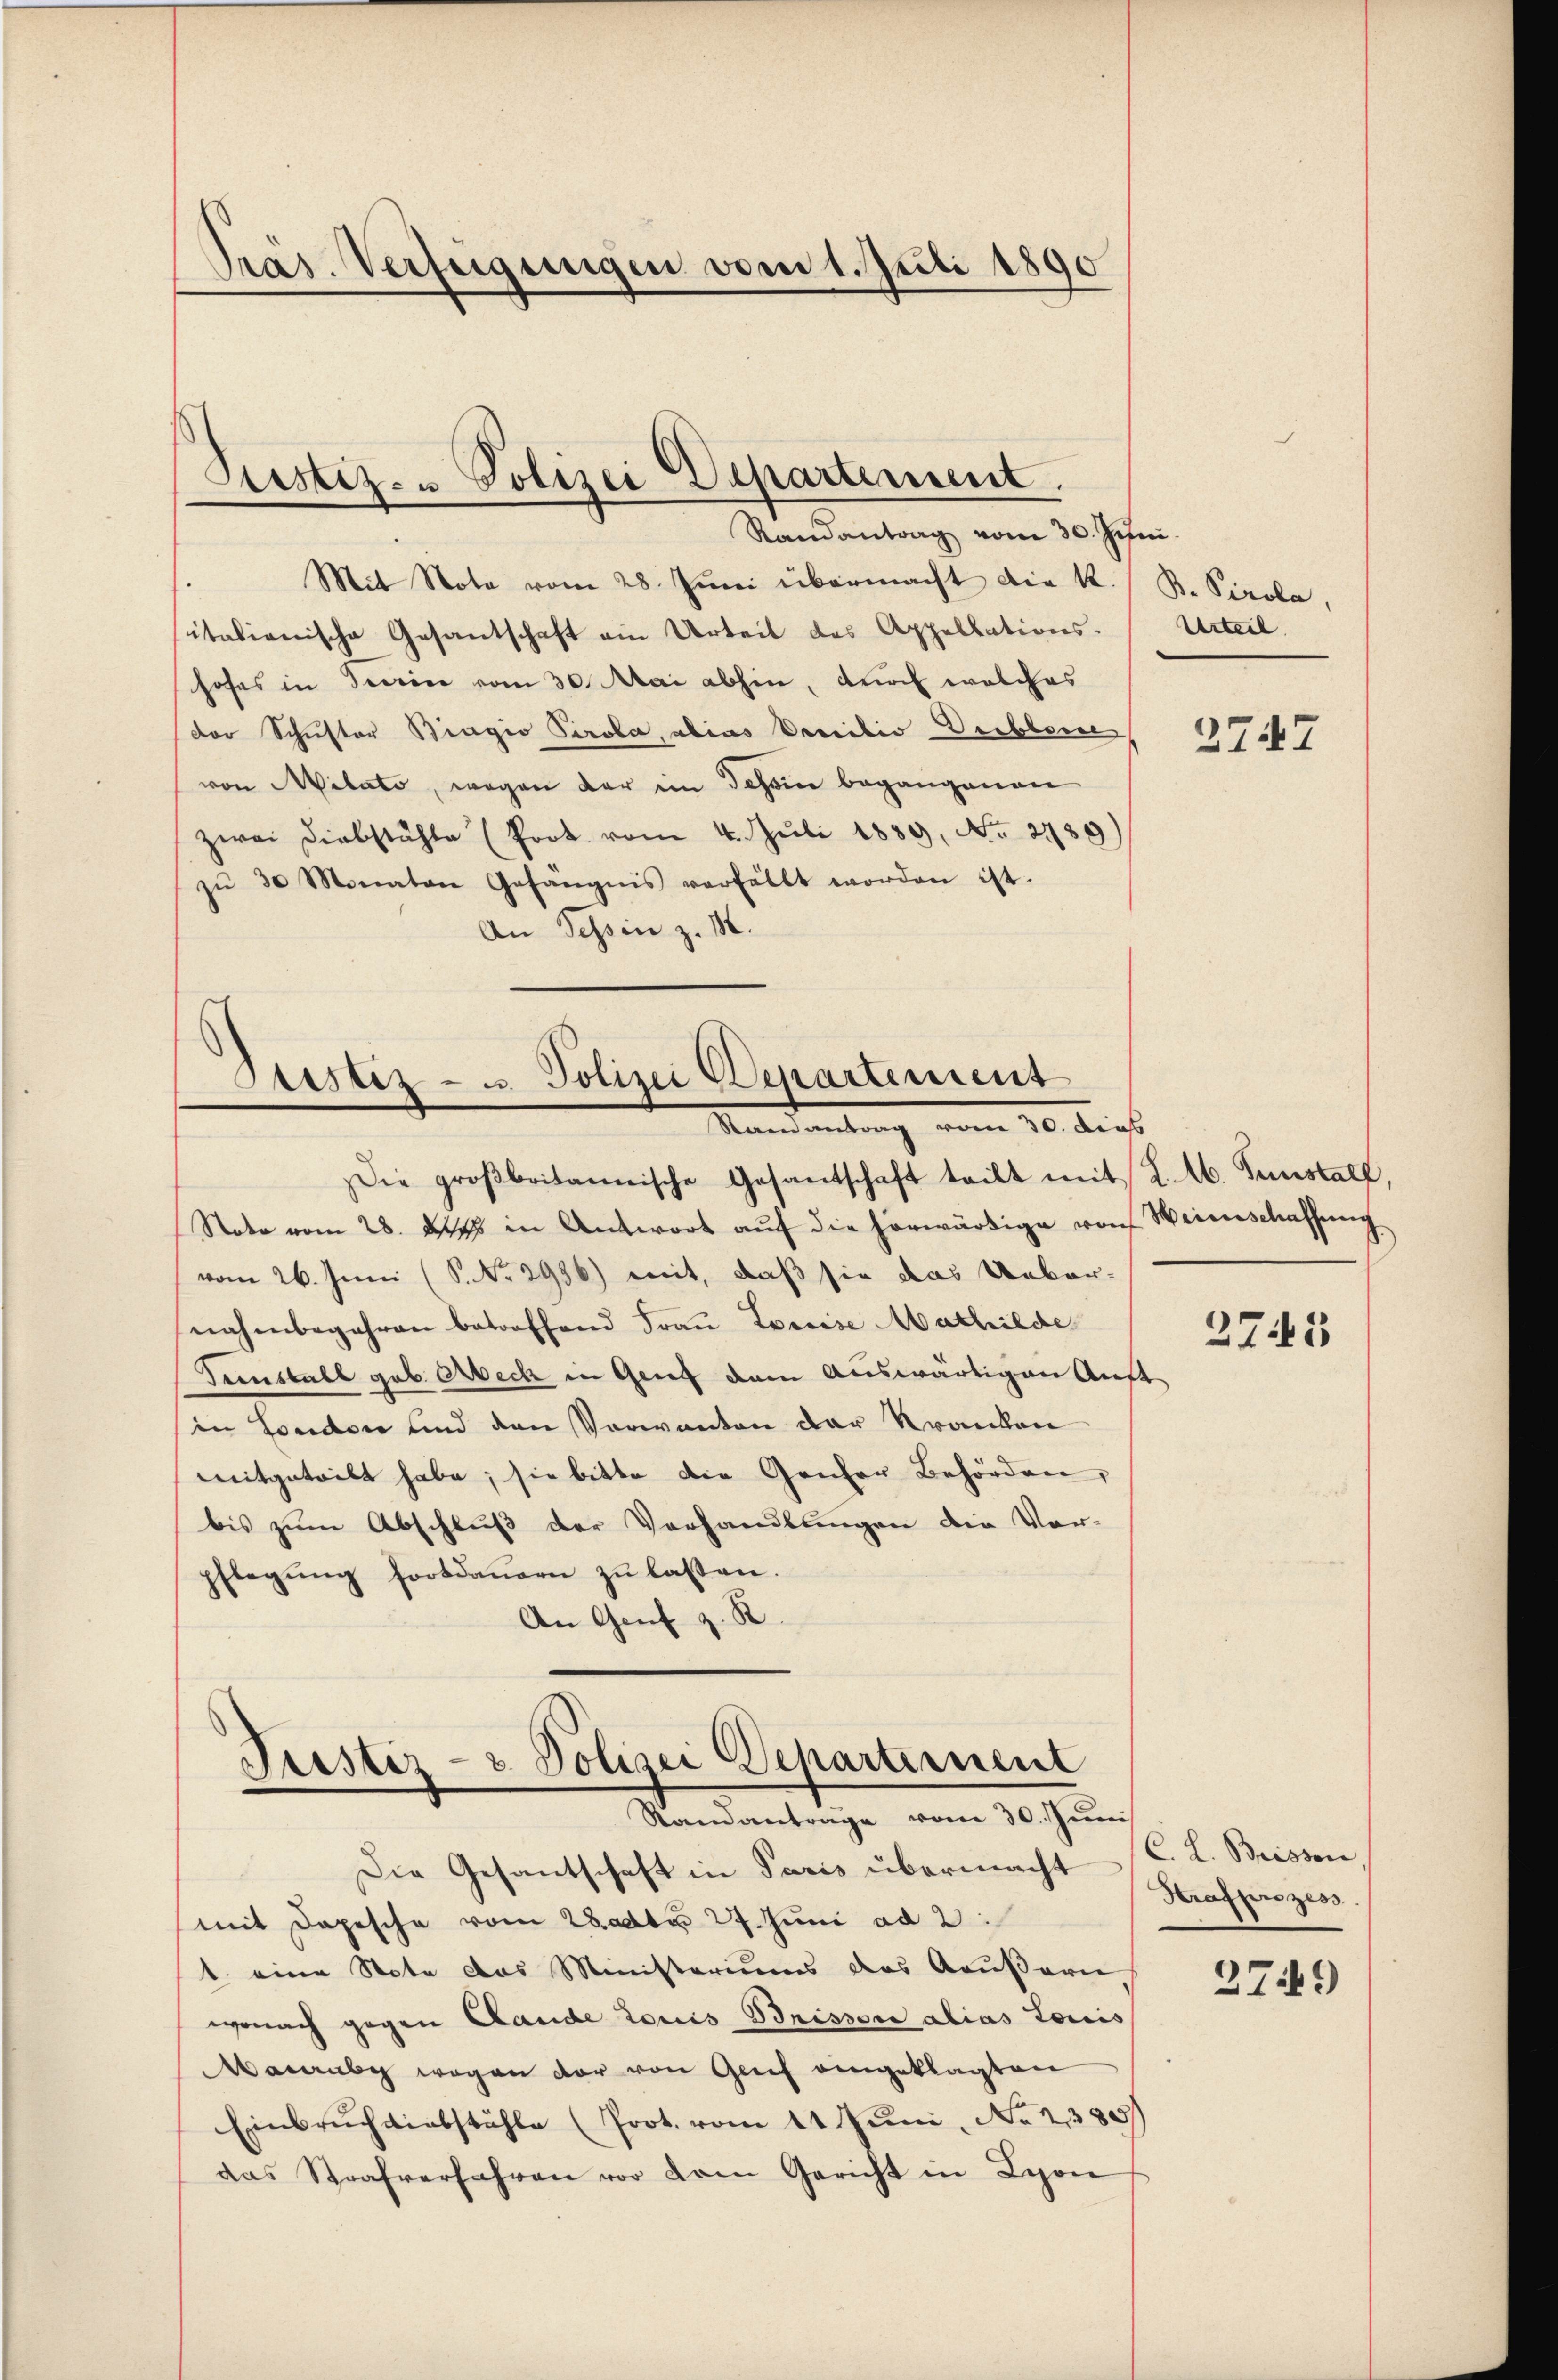
Präs. Verfügungen vom 1. Juli 1890

Prestiz- u Polizei Departement.
Randantrag vom 30. Juni.

Mit Nota vom 28. Juni übermacht die K. B. Pirola,
italienische Gesantschaft ein Urteil des Appellations-Urteil.
hofes in Seine vom 30. Mai abhin, durch welches
Der Schuster Biagio Perola, alias Decilio Derbbere
von Mitato, wegen der im Jahn begangenen
zwei Diebstähle (Prot. vom 4. Juli 1859, No 2759)
zŭ 30 Monaten Gefängnis verfällt worden ist.
An Tessin z. 14.

Zustiz- u. Polizei Departement
Mandantung vom 20. dies

Justiz- & Polizei Departernent
Standantrage vom 30. Juni

Die groβbritannische Gesantschaft tritt mit K. A. Tunstall,
Note vom 28. des in Antwort aŭf die herwärtige von Weierschaffung
vom 26. Juni (S. Nr. 2956) mit, daß sie das Uebernahmbegehren betroffend Frau Louise Mathilde
Fenstall geb. Abeck in Genf dem Auswärtigen Auft
in London und den Verwanten der Kranken
mitgeteilt habe; sie bitte die Genfer Behörden,
bis zum Abschluß der Verhandlungen die Vor-
pflegung fortdauern zu lassen.
8
An Genf z. S

Die Gesandtschaft in Paris übermacht C. L. Brissen,
mit Depesche vom 28 dto 27. Juni ad 2
1. eine Note das Ministeriums das Aeußern,
wonach gegen Lande Louis Brissere alias Louis
Macauby wegen der von Genf eingeklagten
Einbruch diebstähle (Prot. vom 11. Juni, No 2385)
das Strafverfahren vor dem Gericht in Lyon

e

2747

2745

Strafprozess

279